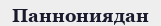
Паннониядан